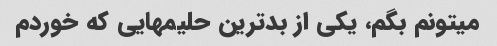
میتونم بگم، یکی از بدترین حلیمهایی که خوردم